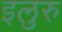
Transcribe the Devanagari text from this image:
इलुरु